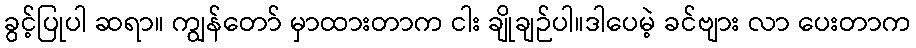
ခွင့်ပြုပါ ဆရာ။ ကျွန်တော် မှာထားတာက ငါး ချိုချဉ်ပါ။ဒါပေမဲ့ ခင်ဗျား လာ ပေးတာက